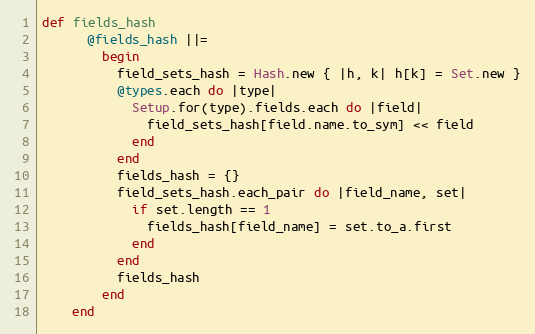
Language: Ruby
def fields_hash
      @fields_hash ||=
        begin
          field_sets_hash = Hash.new { |h, k| h[k] = Set.new }
          @types.each do |type|
            Setup.for(type).fields.each do |field|
              field_sets_hash[field.name.to_sym] << field
            end
          end
          fields_hash = {}
          field_sets_hash.each_pair do |field_name, set|
            if set.length == 1
              fields_hash[field_name] = set.to_a.first
            end
          end
          fields_hash
        end
    end